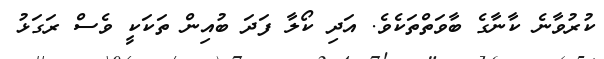
ކުރުވާނެ ކާނާގެ ބާވަތްތަކެވެ. އަދި ކޯލާ ފަދަ ބުއިން ތަކަކީ ވެސް ރަގަޅު